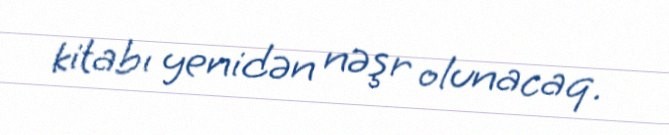
kitabı yenidən nəşr olunacaq.